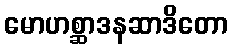
မောဟစ္ဆာဒနဆာဒိတော